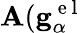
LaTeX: \mathbf{A}(\mathbf{{g}}_{\alpha}^{\mathrm{{~e~l~}}}